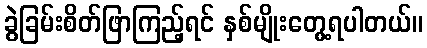
ခွဲခြမ်းစိတ်ဖြာကြည့်ရင် နှစ်မျိုးတွေ့ရပါတယ်။